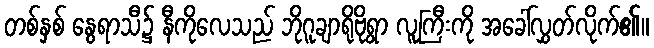
တစ်နှစ် နွေရာသီ၌ နီကိုလေသည် ဘိုဂူချာရိုဗိုရွာ လူကြီးကို အခေါ်လွှတ်လိုက်၏။